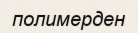
полимерден